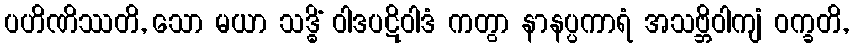
ပဟိဏိဿတိ, သော မယာ သဒ္ဓိံ ဝါဒပဋိဝါဒံ ကတွာ နာနပ္ပကာရံ အသဗ္ဘိဝါကျံ ဝက္ခတိ,